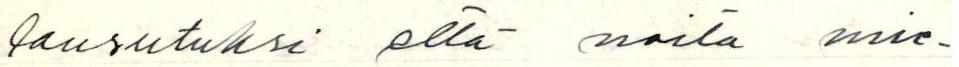
lausutuksi että naita mie-